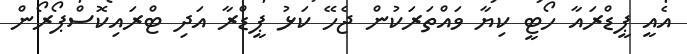
އެއީ ޕީޑްރައާ ހޯޓީ ކިޔާ ވައްތަރަކުން ޖެހޭ ކަޅު ޕީޑްރާ އަދި ޓްރައިކޮސްޕޯރޯން